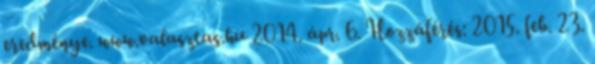
eredménye. www.valasztas.hu 2014. ápr. 6. Hozzáférés: 2015. feb. 23.